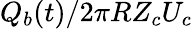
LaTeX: Q_{b}(t)/2\pi RZ_{c}U_{c}